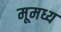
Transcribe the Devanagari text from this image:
मूमध्य